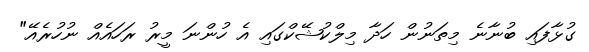
ގުޅާފައި ބުނާނެ މިތަނުން ހަދާ މިލްކުޝޭކްގައި އެ ހުންނަ މީރު ރަހައެއް ނުހުރެއޭ"